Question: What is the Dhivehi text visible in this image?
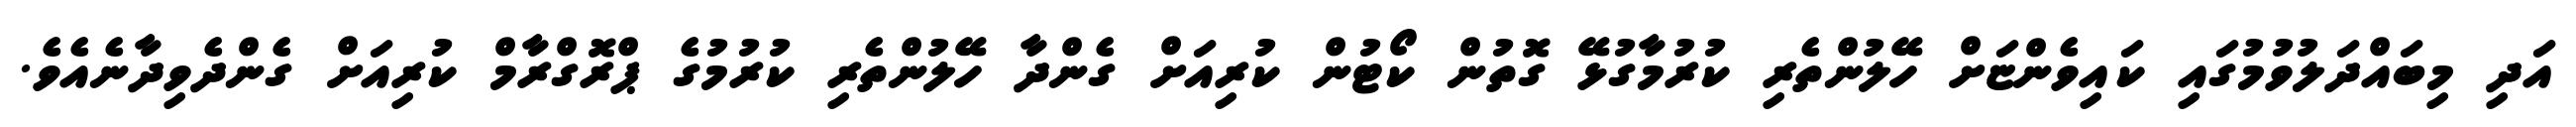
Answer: އަދި މިބައްދަލުވުމުގައި ކައިވެންޏަށް ހޭލުންތެރި ކުރުމާގުޅޭ ގޮތުން ކޯޓުން ކުރިއަށް ގެންދާ ހޭލުންތެރި ކުރުމުގެ ޕްރޮގްރާމް ކުރިއަށް ގެންދެވިދާނެއެވެ.